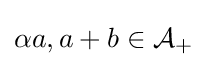
\alpha a,a+b\in {\mathcal {A}}_{+}